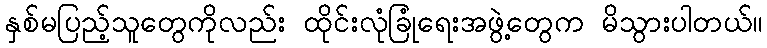
နှစ်မပြည့်သူတွေကိုလည်း ထိုင်းလုံခြုံရေးအဖွဲ့တွေက မိသွားပါတယ်။